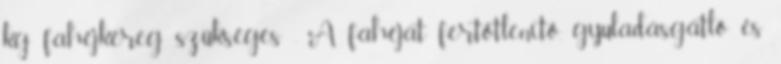
kg fahéjkéreg szükséges . A fahéjat fertőtlenítő, gyuladásgátló és